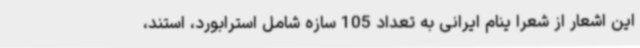
این اشعار از شعرا ینام ایرانی به تعداد 105 سازه شامل استرابورد، استند،